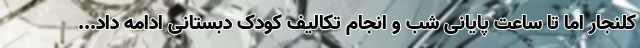
کلنجار اما تا ساعت پایانی شب و انجام تکالیف کودک دبستانی ادامه داد...